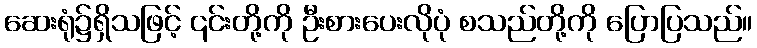
ဆေးရုံ၌ရှိသဖြင့် ၎င်းတို့ကို ဦးစားပေးလိုပုံ စသည်တို့ကို ပြောပြသည်။